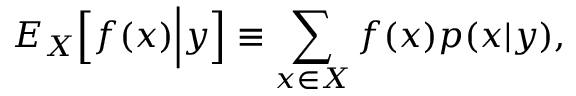
{ E } _ { X } \Big [ f ( x ) \Big | y \Big ] \equiv \sum _ { x \in X } f ( x ) p ( x | y ) ,